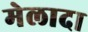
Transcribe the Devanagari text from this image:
मेलादा